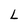
Character: L